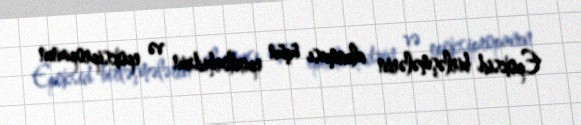
Epoksid birləşmələrin alınması üçün epixlorhidrin və epoksipropanın